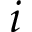
i